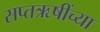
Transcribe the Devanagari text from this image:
सप्तऋषींच्या